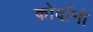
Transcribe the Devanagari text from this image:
कोर्दानो